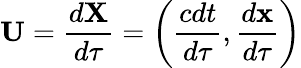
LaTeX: {\boldsymbol{\mathbf{U}}}={\frac{d{\boldsymbol{\mathbf{X}}}}{d\tau}}=\left({\frac{cdt}{d\tau}},{\frac{d\mathbf{x}}{d\tau}}\right)